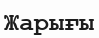
Жарығы